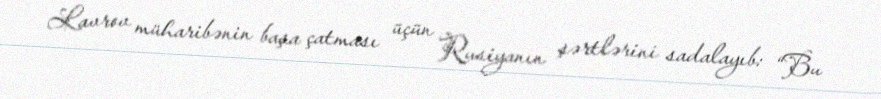
Lavrov müharibənin başa çatması üçün Rusiyanın şərtlərini sadalayıb: “Bu